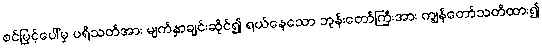
စင်မြင့်ပေါ်မှ ပရိသတ်အား မျက်နှာချင်းဆိုင်၍ ရယ်နေသော ဘုန်းတော်ကြီးအား ကျွန်တော်သတိထား၍